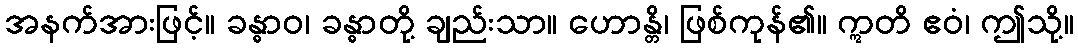
အနက်အားဖြင့်။ ခန္ဓာဝ၊ ခန္ဓာတို့ ချည်းသာ။ ဟောန္တိ၊ ဖြစ်ကုန်၏။ ဣတိ ဧဝံ၊ ဤသို့။